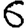
Digit: 6